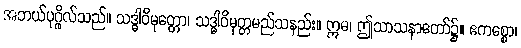
အဘယ်ပုဂ္ဂိုလ်သည်။ သဒ္ဓါဝိမုတ္တော၊ သဒ္ဓါဝိမုတ္တမည်သနည်း။ ဣဓ၊ ဤသာသနာတော်၌။ ဧကစ္စော၊